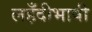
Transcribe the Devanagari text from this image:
लहँदीभाषी